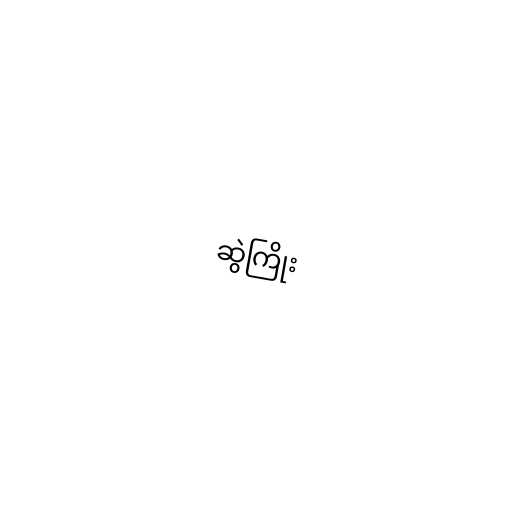
ဆွဲကြိုး